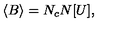
\langle B \rangle = N _ { c } N [ U ] ,